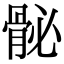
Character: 𩨲